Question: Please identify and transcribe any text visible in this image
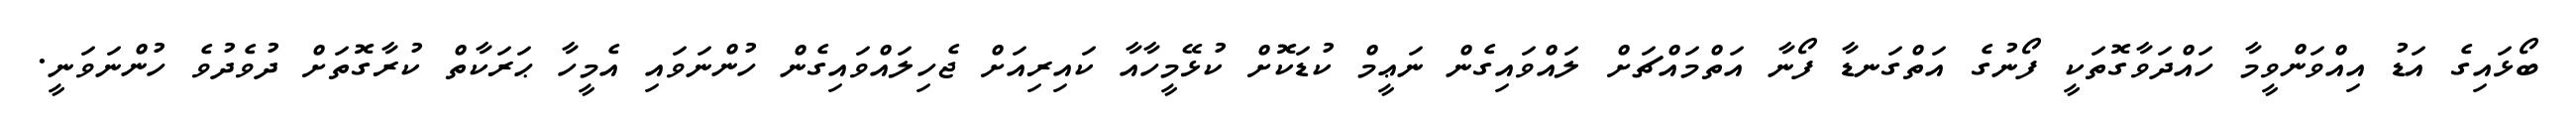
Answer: ބޯޅައިގެ އަޑު އިއްވަންވީމާ ހައްދަވާގޮތަކީ ފޯނުގެ އަތްގަނޑާ ފޯނާ އަތްމައްޗަށް ލައްވައިގެން ނަޢީމް ކުޑަކޮށް ކުޅޭމީހާއާ ކައިރިއަށް ޖެހިލައްވައިގެން ހުންނަވައި އެމީހާ ޙަރަކާތް ކުރާގޮތަށް ދުވެދުވެ ހުންނަވަނީ.